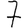
Digit: 7